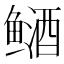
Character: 䲤